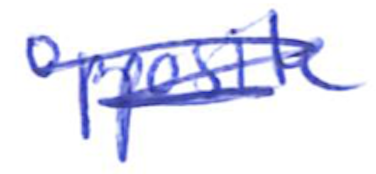
Text: opposite
Cross-out: scratch
Writing tool: ballpoint